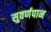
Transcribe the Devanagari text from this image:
सुवर्णपान